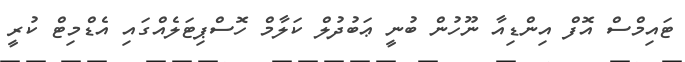
ޓައިމްސް އޮފް އިންޑިއާ ނޫހުން ބުނީ ޢަބުދުލް ކަލާމް ހޮސްޕިޓަލެއްގައި އެޑްމިޓް ކުރީ